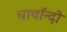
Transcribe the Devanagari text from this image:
चावॉन्दो